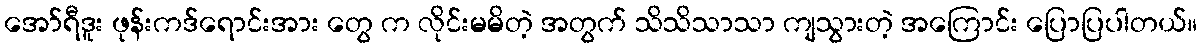
အော်ရီဒူး ဖုန်းကဒ်ရောင်းအား တွေ က လိုင်းမမိတဲ့ အတွက် သိသိသာသာ ကျသွားတဲ့ အကြောင်း ပြောပြပါတယ်။